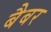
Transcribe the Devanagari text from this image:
बैबर